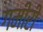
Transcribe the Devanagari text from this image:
गमीरी